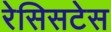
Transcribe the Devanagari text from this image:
रेसिसटेस